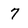
Character: 7